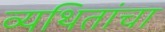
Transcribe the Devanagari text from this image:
व्यथितांचा